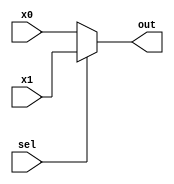

`timescale 1ns/1ns

module mux2x1(x0, x1, sel, out);

parameter n =1;

input[n-1:0] x0, x1;
input sel;
output [n-1:0] out;

assign {out} = (sel)? {x1}:{x0};

endmodule